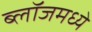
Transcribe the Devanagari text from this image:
ब्लॉजमध्ये